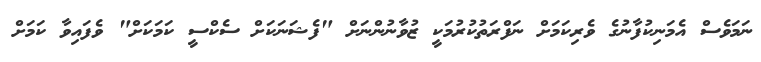
ނަމަވެސް އެމަނިކުފާނުގެ ވެރިކަމަށް ނަފްރަތުކުރުމަކީ ޒުވާނުންނަށް "ފެޝަނަކަށް ސެކްސީ ކަމަކަށް" ވެފައިވާ ކަމަށް